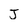
Character: j